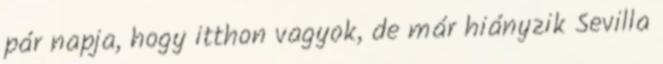
pár napja, hogy itthon vagyok, de már hiányzik Sevilla